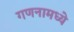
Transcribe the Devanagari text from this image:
गणनामध्ये